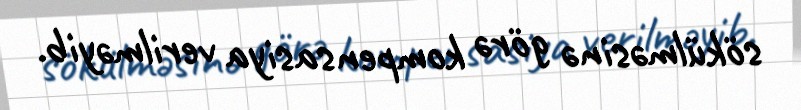
sökülməsinə görə kompensasiya verilməyib.